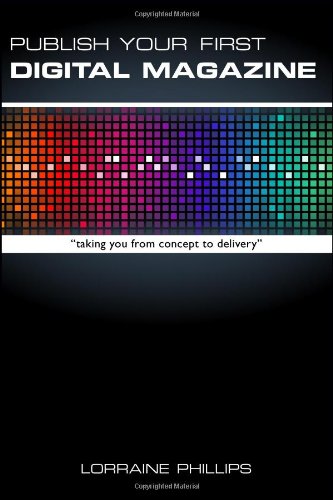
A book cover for Publish Your First Digital Magazine: Taking You from Concept to Delivery; Lorraine Phillips; Computers & Technology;